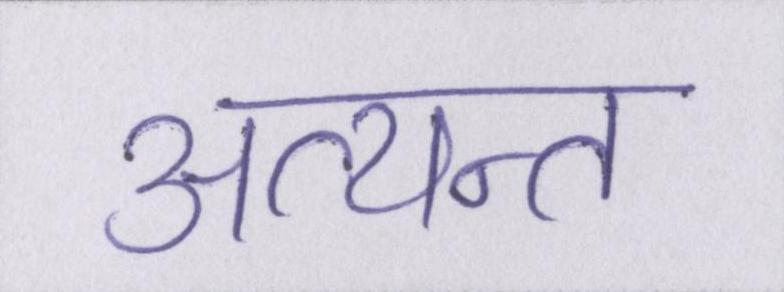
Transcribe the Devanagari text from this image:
अत्यन्त